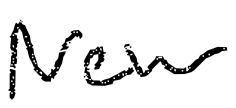
Text: New
Cross-out: clean
Writing tool: digital_black